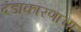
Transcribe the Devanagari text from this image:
दंडाकारणाचा